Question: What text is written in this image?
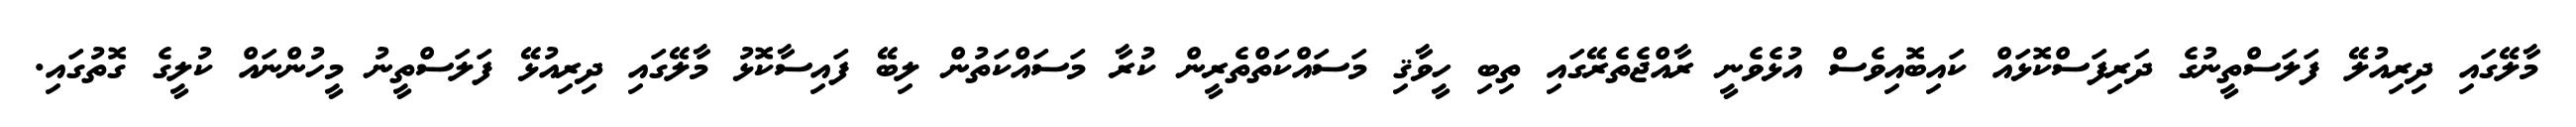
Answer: މާލޭގައި ދިރިއުލޭ ފަލަސްތީނުގެ ދަރިފަސްކޮޅައް ކައިބޮއިވެސް އުޅެވެނީ ރާއްޖެތެރޭގައި ތިބި ހީވާޤި މަސައްކަތްތެރީން ކުރާ މަސައްކަތުން ލިބޭ ފައިސާކޮޅު މާލޭގައި ދިރިއުޅޭ ފަލަސްތީނު މީހުންނައް ކުލީގެ ގޮތުގައި.